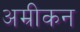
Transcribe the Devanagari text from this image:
अम्रीकन